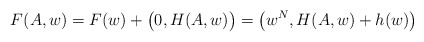
\begin{align*}F(A,w)=F(w)+\big(0,H(A,w)\big)=\big(w^N,H(A,w)+h(w)\big)\end{align*}